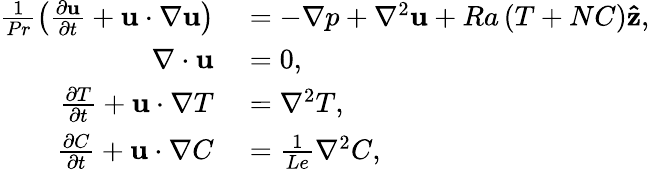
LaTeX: \begin{array}{rl}{\frac{1}{Pr}\left(\frac{\partial\mathbf{u}}{\partial t}+\mathbf{u}\cdot\nabla\mathbf{u}\right)}&{{}=-\nabla p+\nabla^{2}\mathbf{u}+Ra\left(T+NC\right)\mathbf{\hat{z}},}\\ {\nabla\cdot\mathbf{u}}&{{}=0,}\\ {\frac{\partial T}{\partial t}+\mathbf{u}\cdot\nabla T}&{{}=\nabla^{2}T,}\\ {\frac{\partial C}{\partial t}+\mathbf{u}\cdot\nabla C}&{{}=\frac{1}{Le}\nabla^{2}C,}\end{array}